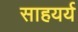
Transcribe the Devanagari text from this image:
साहयर्य